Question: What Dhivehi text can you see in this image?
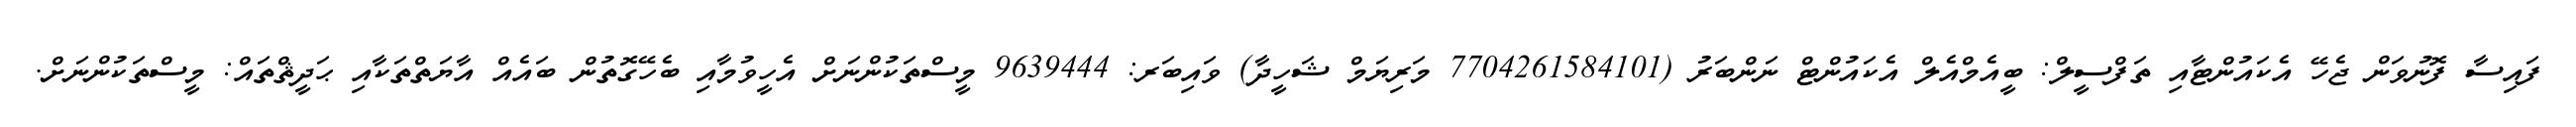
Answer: ފައިސާ ފޮނުވަން ޖެހޭ އެކައުންޓާއި ތަފްސީލް: ބީއެމްއެލް އެކައުންޓް ނަންބަރު (7704261584101 މަރިޔަމް ޝަހީދާ) ވައިބަރ: 9639444 މީސްތަކުންނަށް އެހީވުމާއި ބެހޭގޮތުން ބައެއް އާޔަތްތަކާއި ޙަދީޘްތައް: މީސްތަކުންނަށް.